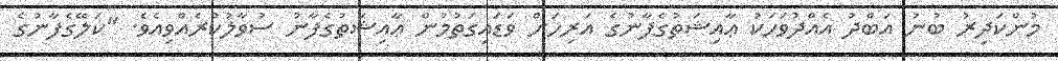
މުންކަދިރު ބުނު އަބްދު އެއްދުވަހަކު ޢާއިޝަތުގެފާނުގެ އަރިހަށް ވަޑައިގަތުމުން ޢާއިޝަތުގެފާނު ސުވާލުކުރެއްވިއެވެ. "ކަލޭގެފާނުގެ